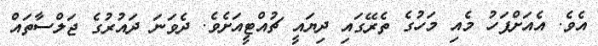
އެވެ. އެއަށްފަހު މެއި މަހުގެ ތެރޭގައި ދިޔައީ ޗުއްޓީއަށެވެ. ދެވަނަ ދައުރުގެ ޖަލްސާތައް